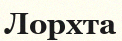
Лорхта